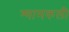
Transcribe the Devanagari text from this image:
श्यामकली